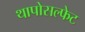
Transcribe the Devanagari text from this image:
थापोसल्फेट